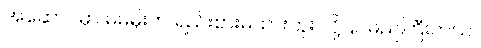
အဆောင်မှာ မမမိုးက ရည်းစားမထားဘူး လို့ နာမည်ကြီးတယ်။